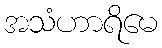
အသံဟာရိမေ